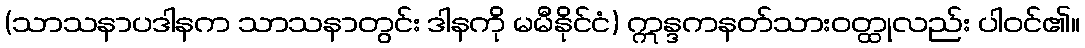
(သာသနာပဒါနက သာသနာတွင်း ဒါနကို မမီနိုင်ငံ) ဣန္ဒကနတ်သားဝတ္ထုလည်း ပါဝင်၏။